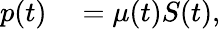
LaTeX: \begin{array}{rl}{p(t)}&{{}=\mu(t)S(t),}\end{array}